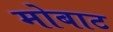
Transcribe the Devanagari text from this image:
मोबाट